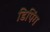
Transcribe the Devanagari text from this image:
डिपिंग